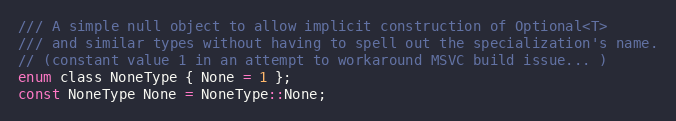
Language: C
/// A simple null object to allow implicit construction of Optional<T>
/// and similar types without having to spell out the specialization's name.
// (constant value 1 in an attempt to workaround MSVC build issue... )
enum class NoneType { None = 1 };
const NoneType None = NoneType::None;